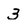
Character: 3